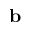
\mathbf { b }